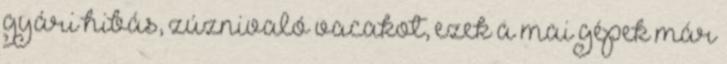
gyári hibás, zúznivaló vacakot, ezek a mai gépek már